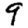
Digit: 9